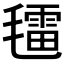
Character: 𣰑